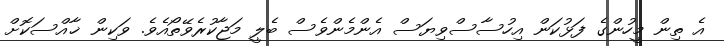
އެ ތިން މީހުންގެ ފަޅުކަން އިހުސާސްވިޔަސް އެންމެންވެސް ބެލީ މަޖާކުރެވޭތޯއެވެ. ވަކިން ޚާއްސަކޮށް